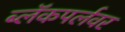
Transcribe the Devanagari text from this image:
ब्लॅकपर्लवर